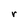
Character: r